Note on the mental hospitals in Burma - 1925-1940
Year: 1925
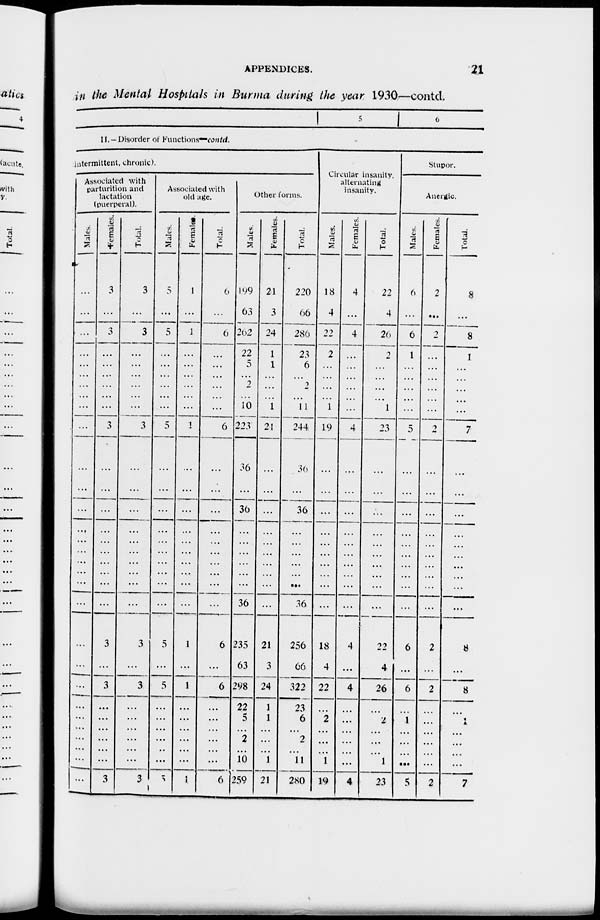
APPENDICES.
21
in the Mental Hospitals in Burma during the year 1930—contd.
1
5
6
11. —Disorder of Functions—contd..
intermittent, chronic).
Associated with
parturition and
lactation
(puerperal).
Males.
...
...
...
...
...
...
...
...
...
...
...
...
...
...
...
...
...
...
...
...
...
...
...
...
...
...
...
...
...
...
Females.
3
...
3
...
...
...
...
...
...
3
...
...
...
...
...
...
...
...
...
...
3
...
3
...
...
...
...
...
...
3
Total.
3
...
3
...
...
...
...
...
...
3
...
...
...
...
...
...
...
...
...
...
3
...
3
...
...
...
...
...
...
3
Associated with
old age.
Males.
5
...
5
...
...
...
... ...
...
5
...
...
...
...
...
...
...
...
...
...
5
...
5
...
...
...
...
...
...
5
Female
1
...
1
...
...
...
...
...
...
1
...
...
...
...
...
...
...
...
...
...
1
...
1
...
...
...
...
...
...
1
Total.
6
...
6
...
...
...
...
...
...
6
...
...
...
...
...
...
...
...
...
...
6
...
6
...
...
...
...
...
...
6
Other forms.
Males.
199
63
262
22
5
...
2
...
10
223
36
...
36
...
...
...
...
...
...
36
235
63
298
22
5
...
2
...
10
259
Females.
21
3
24
1
1
...
...
...
1
21
...
...
...
...
...
...
...
...
...
...
21
3
24
1
1
...
...
...
1
21
Total.
220
66
286
23
6
...
2
...
11
244
36
...
36
...
...
...
...
...
...
36
256
66
322
23
6
...
2
...
11
280
Circular insanity.
alternating
insanity.
Males.
18
4
22
2
...
...
...
...
1
19
...
...
...
...
...
...
...
...
...
...
18
4
22
...
2
...
...
...
1
19
Females.
4
...
4
...
...
...
...
...
...
4
...
...
...
...
...
...
...
...
...
...
4
...
4
...
...
...
...
...
...
4
Total.
22
4
26
2
...
...
...
...
1
23
...
...
...
...
...
...
...
...
...
...
22
4
26
...
2
...
...
...
1
23
Stupor.
Anergic.
Males.
6
...
6
1
...
...
...
...
...
5
...
...
...
...
...
...
...
...
...
...
6
...
6
...
1
...
...
...
...
5
Females.
2
...
2
...
...
...
...
...
...
2
...
...
...
...
...
...
...
...
...
...
2
...
2
...
...
...
...
...
...
2
Total.
8
...
8
1
...
...
...
...
...
7
...
...
...
...
...
...
...
...
...
...
8
...
8
...
1
...
...
...
...
7